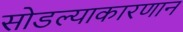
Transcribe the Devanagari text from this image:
सोडल्याकारणान